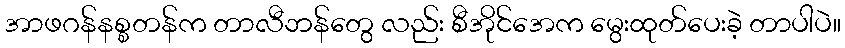
အာဖဂန်နစ္စတန်က တာလီဘန်တွေ လည်း စီအိုင်အေက မွေးထုတ်ပေးခဲ့ တာပါပဲ။